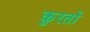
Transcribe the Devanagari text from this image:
कुरतों